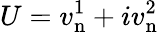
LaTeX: U=v_{\mathrm{n}}^{1}+iv_{\mathrm{n}}^{2}